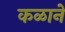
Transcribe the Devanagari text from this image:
कळाने